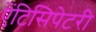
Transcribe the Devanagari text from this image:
ऐंटिसिपेटरी